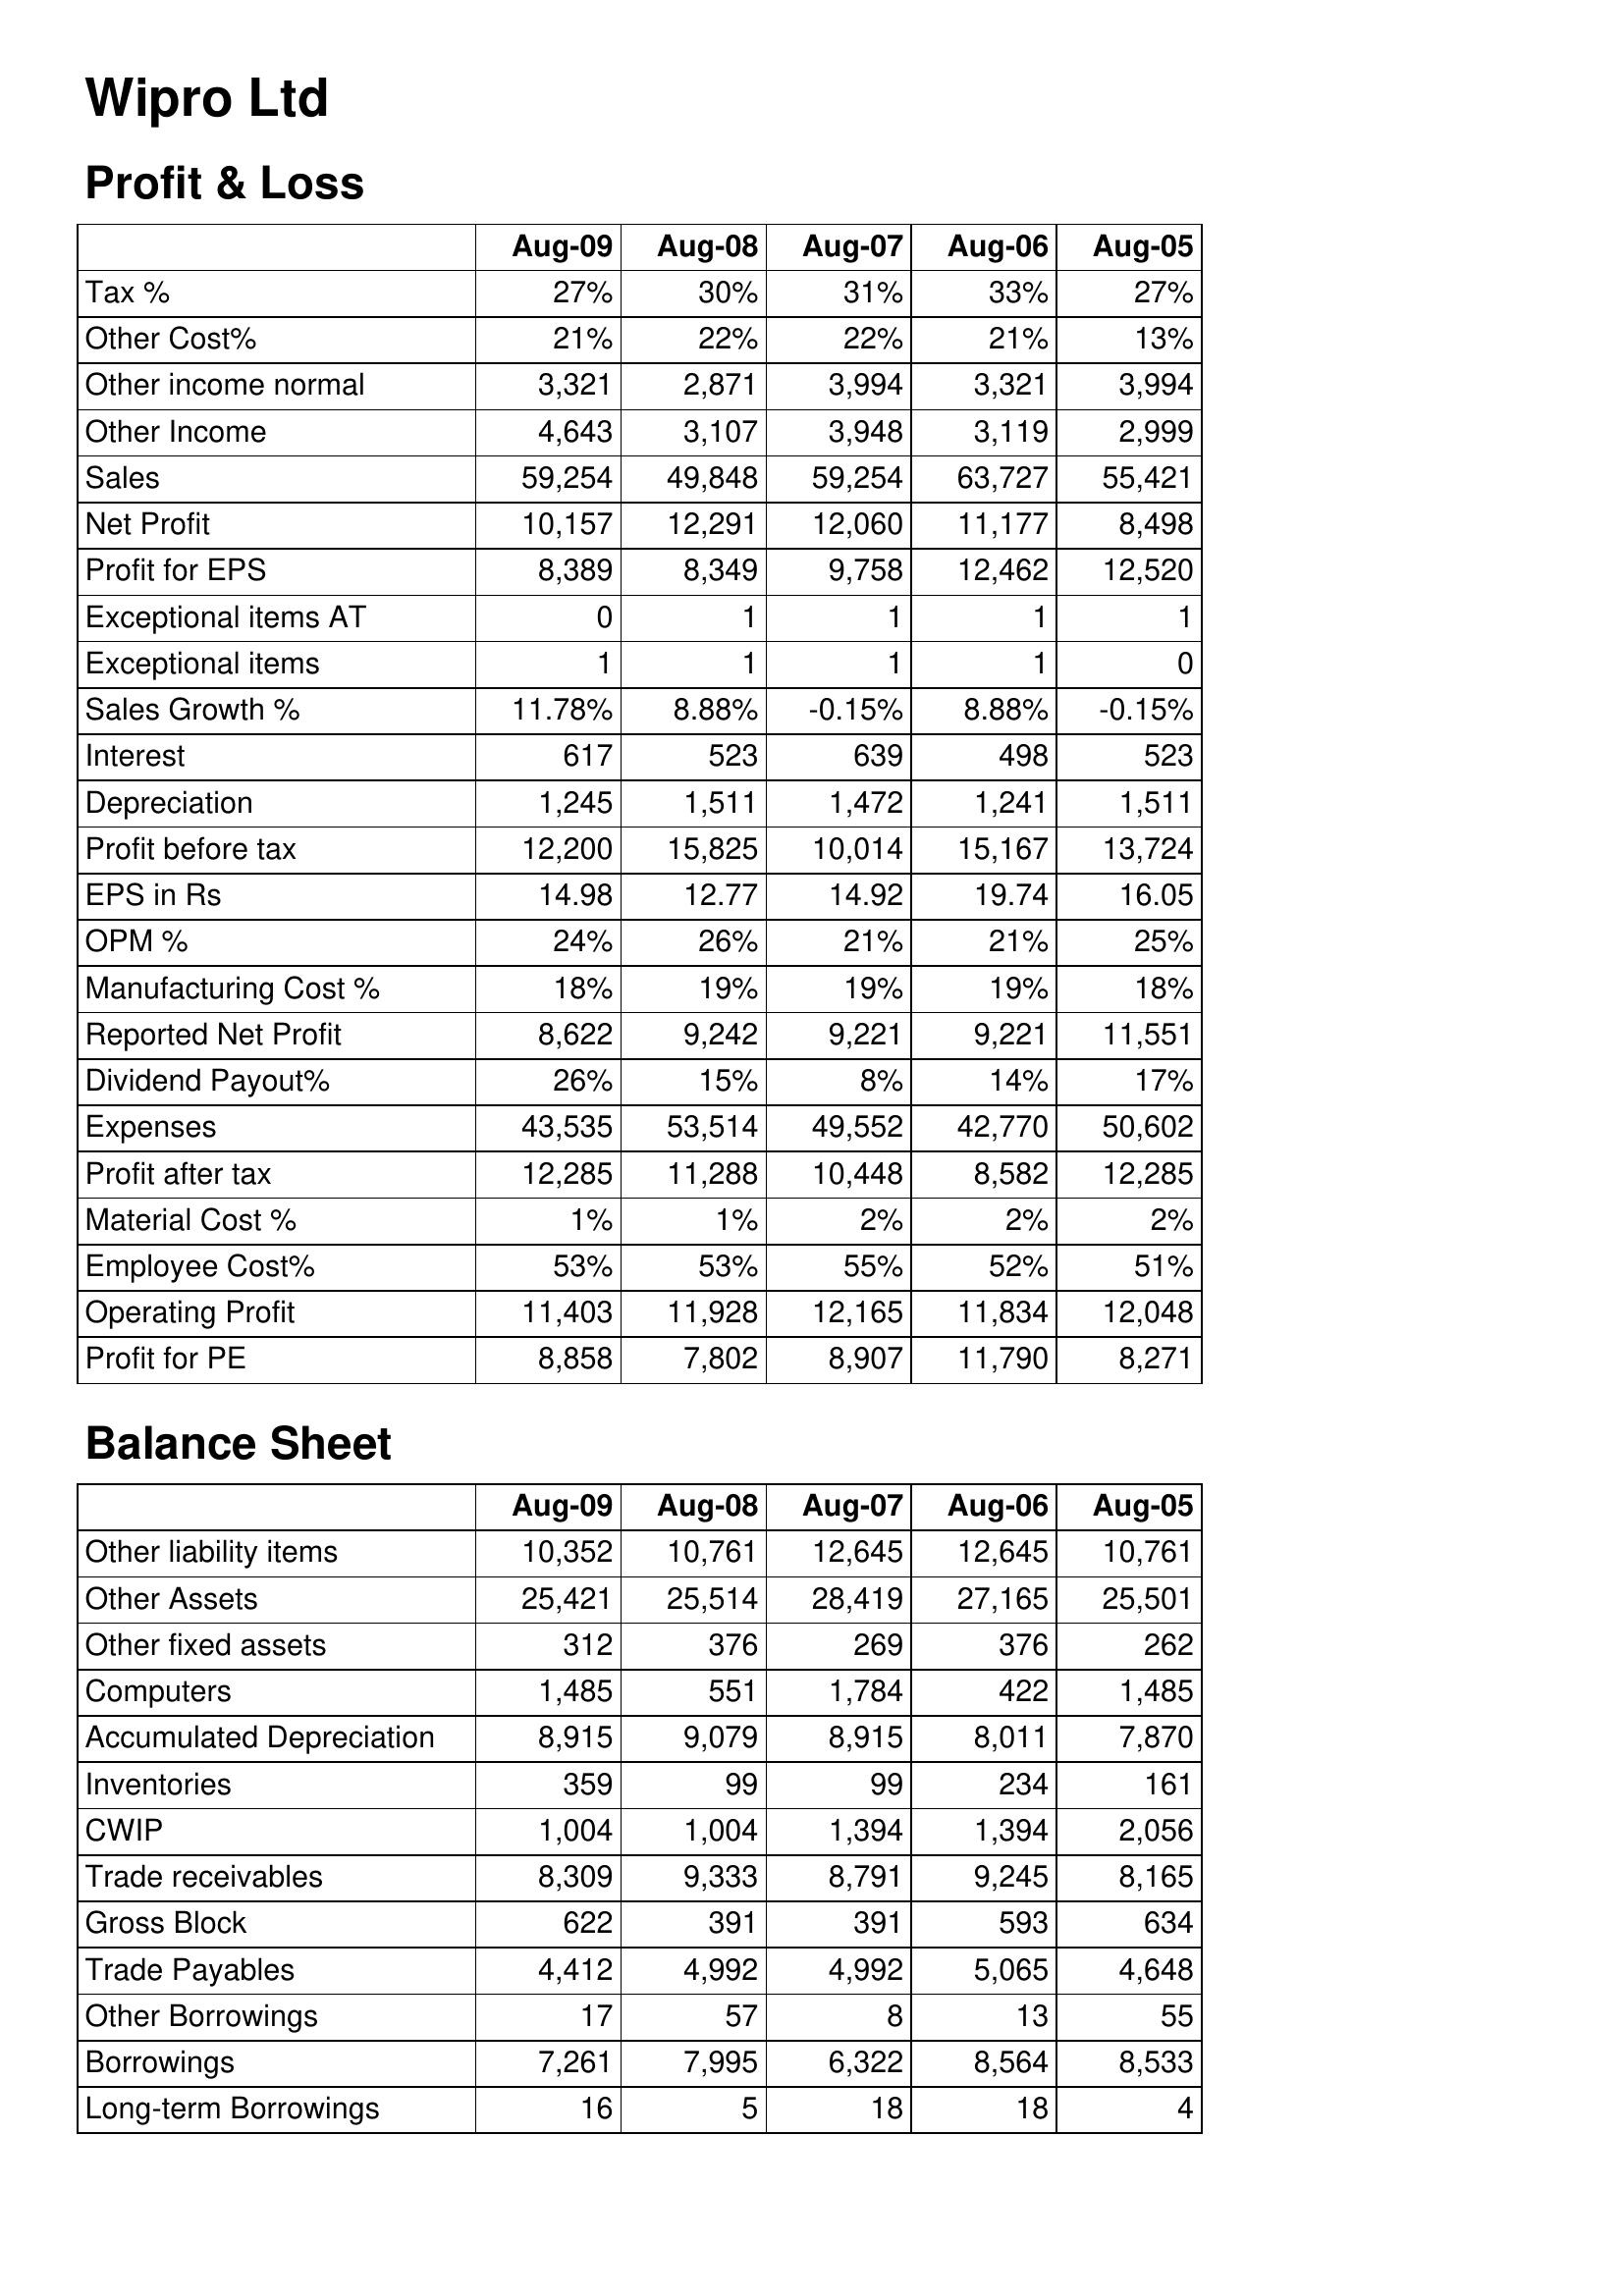
Aug-09: Profit & Loss: Tax %: 27%
Other Cost%: 21%
Other income normal: 3,321
Other Income: 4,643
Sales: 59,254
Net Profit: 10,157
Profit for EPS: 8,389
Exceptional items AT: 0
Exceptional items: 1
Sales Growth %: 11.78%
Interest: 617
Depreciation: 1,245
Profit before tax: 12,200
EPS in Rs: 14.98
OPM %: 24%
Manufacturing Cost %: 18%
Reported Net Profit: 8,622
Dividend Payout%: 26%
Expenses: 43,535
Profit after tax: 12,285
Material Cost %: 1%
Employee Cost%: 53%
Operating Profit: 11,403
Profit for PE: 8,858
Balance Sheet: Other liability items: 10,352
Other Assets: 25,421
Other fixed assets: 312
Computers: 1,485
Accumulated Depreciation: 8,915
Inventories: 359
CWIP: 1,004
Trade receivables: 8,309
Gross Block: 622
Trade Payables: 4,412
Other Borrowings: 17
Borrowings: 7,261
Long-term Borrowings: 16
Aug-08: Profit & Loss: Tax %: 30%
Other Cost%: 22%
Other income normal: 2,871
Other Income: 3,107
Sales: 49,848
Net Profit: 12,291
Profit for EPS: 8,349
Exceptional items AT: 1
Exceptional items: 1
Sales Growth %: 8.88%
Interest: 523
Depreciation: 1,511
Profit before tax: 15,825
EPS in Rs: 12.77
OPM %: 26%
Manufacturing Cost %: 19%
Reported Net Profit: 9,242
Dividend Payout%: 15%
Expenses: 53,514
Profit after tax: 11,288
Material Cost %: 1%
Employee Cost%: 53%
Operating Profit: 11,928
Profit for PE: 7,802
Balance Sheet: Other liability items: 10,761
Other Assets: 25,514
Other fixed assets: 376
Computers: 551
Accumulated Depreciation: 9,079
Inventories: 99
CWIP: 1,004
Trade receivables: 9,333
Gross Block: 391
Trade Payables: 4,992
Other Borrowings: 57
Borrowings: 7,995
Long-term Borrowings: 5
Aug-07: Profit & Loss: Tax %: 31%
Other Cost%: 22%
Other income normal: 3,994
Other Income: 3,948
Sales: 59,254
Net Profit: 12,060
Profit for EPS: 9,758
Exceptional items AT: 1
Exceptional items: 1
Sales Growth %: -0.15%
Interest: 639
Depreciation: 1,472
Profit before tax: 10,014
EPS in Rs: 14.92
OPM %: 21%
Manufacturing Cost %: 19%
Reported Net Profit: 9,221
Dividend Payout%: 8%
Expenses: 49,552
Profit after tax: 10,448
Material Cost %: 2%
Employee Cost%: 55%
Operating Profit: 12,165
Profit for PE: 8,907
Balance Sheet: Other liability items: 12,645
Other Assets: 28,419
Other fixed assets: 269
Computers: 1,784
Accumulated Depreciation: 8,915
Inventories: 99
CWIP: 1,394
Trade receivables: 8,791
Gross Block: 391
Trade Payables: 4,992
Other Borrowings: 8
Borrowings: 6,322
Long-term Borrowings: 18
Aug-06: Profit & Loss: Tax %: 33%
Other Cost%: 21%
Other income normal: 3,321
Other Income: 3,119
Sales: 63,727
Net Profit: 11,177
Profit for EPS: 12,462
Exceptional items AT: 1
Exceptional items: 1
Sales Growth %: 8.88%
Interest: 498
Depreciation: 1,241
Profit before tax: 15,167
EPS in Rs: 19.74
OPM %: 21%
Manufacturing Cost %: 19%
Reported Net Profit: 9,221
Dividend Payout%: 14%
Expenses: 42,770
Profit after tax: 8,582
Material Cost %: 2%
Employee Cost%: 52%
Operating Profit: 11,834
Profit for PE: 11,790
Balance Sheet: Other liability items: 12,645
Other Assets: 27,165
Other fixed assets: 376
Computers: 422
Accumulated Depreciation: 8,011
Inventories: 234
CWIP: 1,394
Trade receivables: 9,245
Gross Block: 593
Trade Payables: 5,065
Other Borrowings: 13
Borrowings: 8,564
Long-term Borrowings: 18
Aug-05: Profit & Loss: Tax %: 27%
Other Cost%: 13%
Other income normal: 3,994
Other Income: 2,999
Sales: 55,421
Net Profit: 8,498
Profit for EPS: 12,520
Exceptional items AT: 1
Exceptional items: 0
Sales Growth %: -0.15%
Interest: 523
Depreciation: 1,511
Profit before tax: 13,724
EPS in Rs: 16.05
OPM %: 25%
Manufacturing Cost %: 18%
Reported Net Profit: 11,551
Dividend Payout%: 17%
Expenses: 50,602
Profit after tax: 12,285
Material Cost %: 2%
Employee Cost%: 51%
Operating Profit: 12,048
Profit for PE: 8,271
Balance Sheet: Other liability items: 10,761
Other Assets: 25,501
Other fixed assets: 262
Computers: 1,485
Accumulated Depreciation: 7,870
Inventories: 161
CWIP: 2,056
Trade receivables: 8,165
Gross Block: 634
Trade Payables: 4,648
Other Borrowings: 55
Borrowings: 8,533
Long-term Borrowings: 4